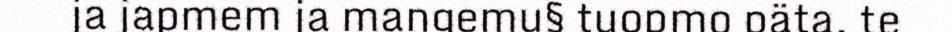
ja japmem ja mangemu§ tuopmo päta, te